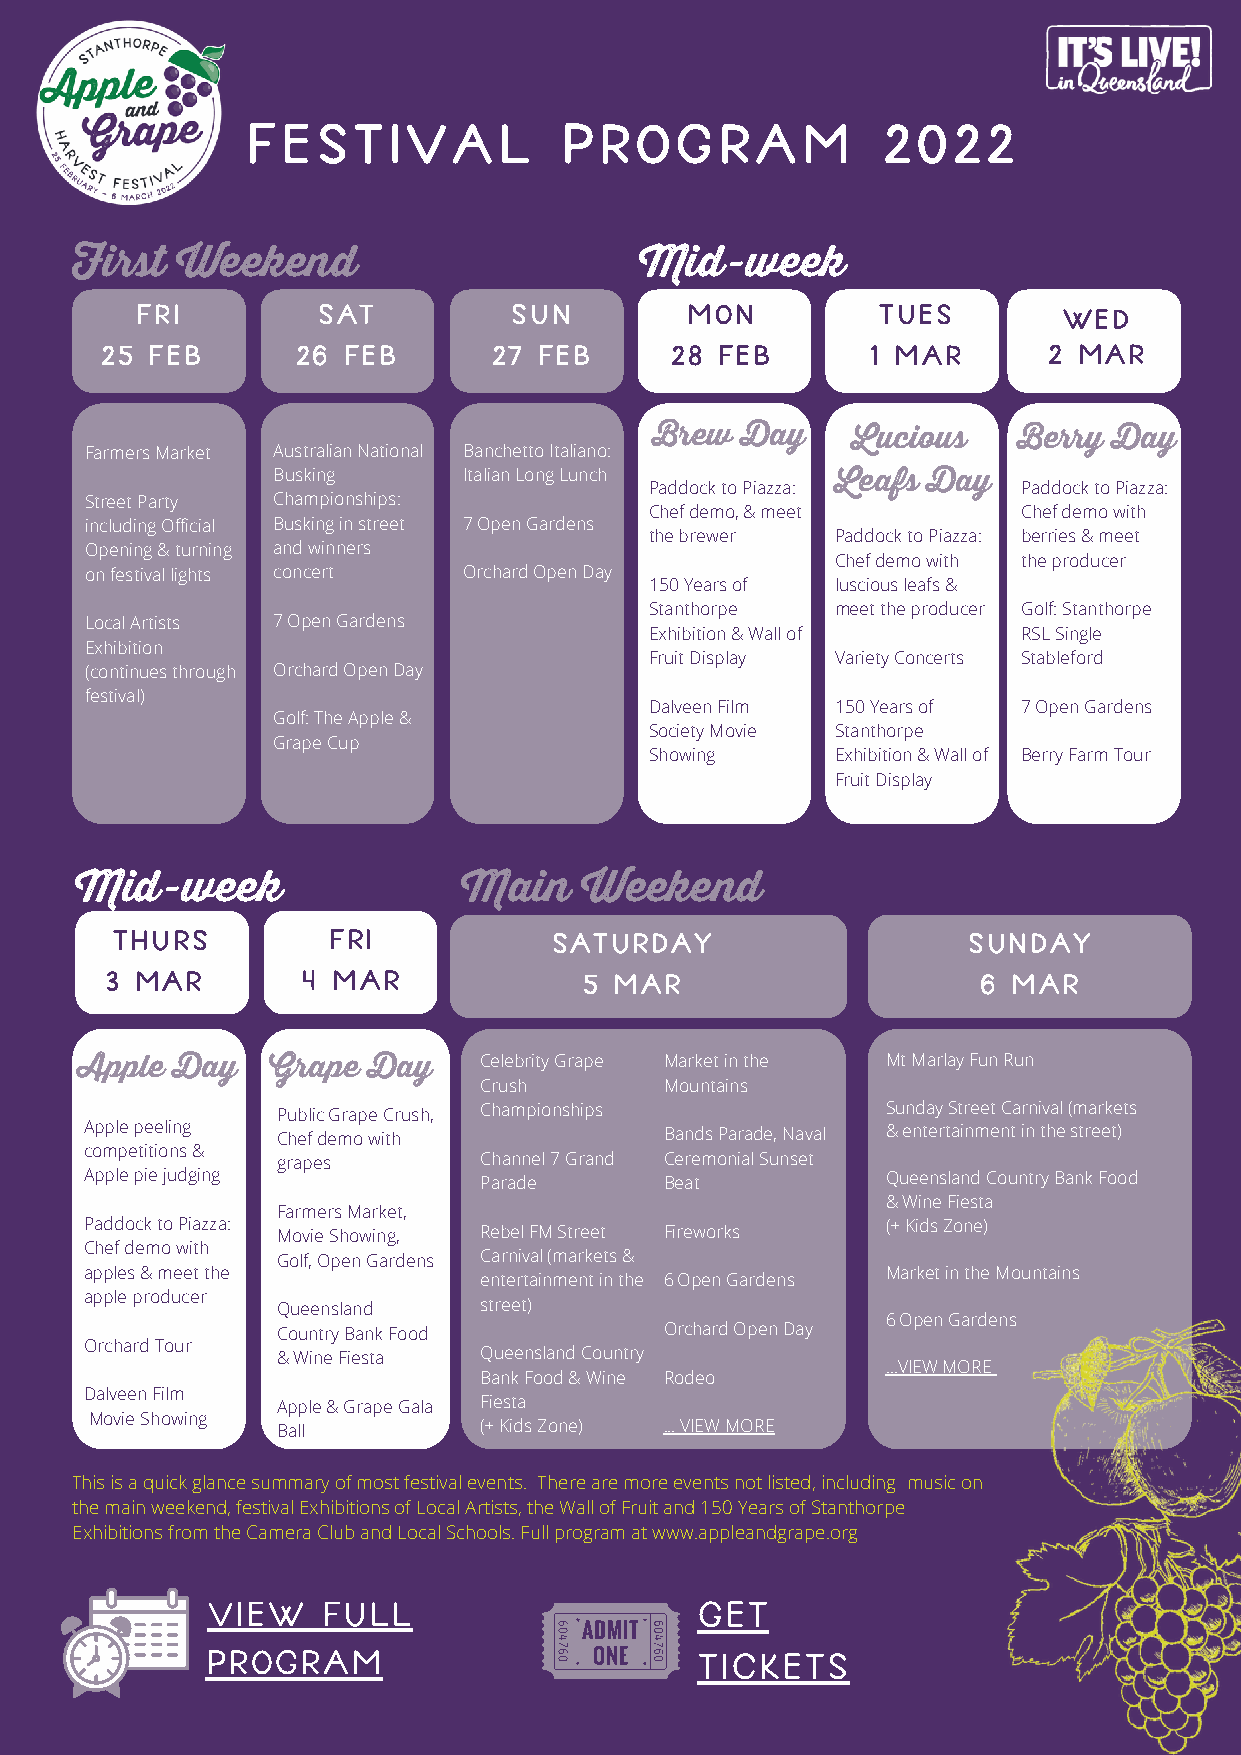
Festival             Program              2022
 First  Weekend                       Mid-week
 Fri         Sat          Sun        Mon          Tues        Wed
 25 Feb       26 Feb      27  Feb     28 Feb        1 Mar      2 Mar
 Brew  Day    Lucious    Berry  Day
 Farmers Market Australian National Banchetto Italiano:
 Busking      Italian Long Lunch      Leafs Day
 Paddock to Piazza:       Paddock to Piazza:
 Street Party Championships:
 Chef demo, & meet        Chef demo with
 including Official Busking in street 7 Open Gardens
 the brewer  Paddock to Piazza: berries & meet
 Opening & turning and winners
 Chef demo with the producer
 on festival lights concert Orchard Open Day
 150 Years of luscious leafs &
 Stanthorpe  meet the producer Golf: Stanthorpe
 Local Artists 7 Open Gardens
 Exhibition & Wall of     RSL Single
 Exhibition
 Fruit Display Variety Concerts Stableford
 (continues through Orchard Open Day
 festival)
 Dalveen Film 150 Years of 7 Open Gardens
 Golf: The Apple &
 Society Movie Stanthorpe
 Grape Cup
 Showing     Exhibition & Wall of Berry Farm Tour
 Fruit Display
 Mid-week                  Main   Weekend
 THURS          FRI           SATURDAY                    SUNDAY
 3 MAR        4 MAR              5 MAR                     6 MAR
 Apple Day    Grape Day     Celebrity Grape Market in the Mt Marlay Fun Run
 Crush       Mountains
 Public Grape Crush, Championships        Sunday Street Carnival (markets
 Apple peeling Chef demo with          Bands Parade, Naval & entertainment in the street)
 competitions &
 grapes        Channel 7 Grand Ceremonial Sunset
 Apple pie judging         Parade      Beat           Queensland Country Bank Food
 & Wine Fiesta
 Farmers Market,
 Paddock to Piazza:                                   (+ Kids Zone)
 Movie Showing, Rebel FM Street Fireworks
 Chef demo with
 Golf, Open Gardens Carnival (markets &
 apples & meet the                                    Market in the Mountains
 entertainment in the 6 Open Gardens
 apple producer
 Queensland    street)
 6 Open Gardens
 Country Bank Food         Orchard Open Day
 Orchard Tour
 & Wine Fiesta Queensland Country
 ...VIEW MORE
 Bank Food & Wine Rodeo
 Dalveen Film
 Apple & Grape Gala Fiesta
 Movie Showing
 Ball          (+ Kids Zone) ... VIEW MORE
 This is a quick glance summary of most festival events. There are more events not listed, including music on
 the main weekend, festival Exhibitions of Local Artists, the Wall of Fruit and 150 Years of Stanthorpe
 Exhibitions from the Camera Club and Local Schools. Full program at www.appleandgrape.org
 VIEW   FULL                     GET
 PROGRAM                         TICKETS